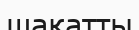
шақатты